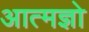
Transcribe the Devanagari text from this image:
आत्मज्ञो